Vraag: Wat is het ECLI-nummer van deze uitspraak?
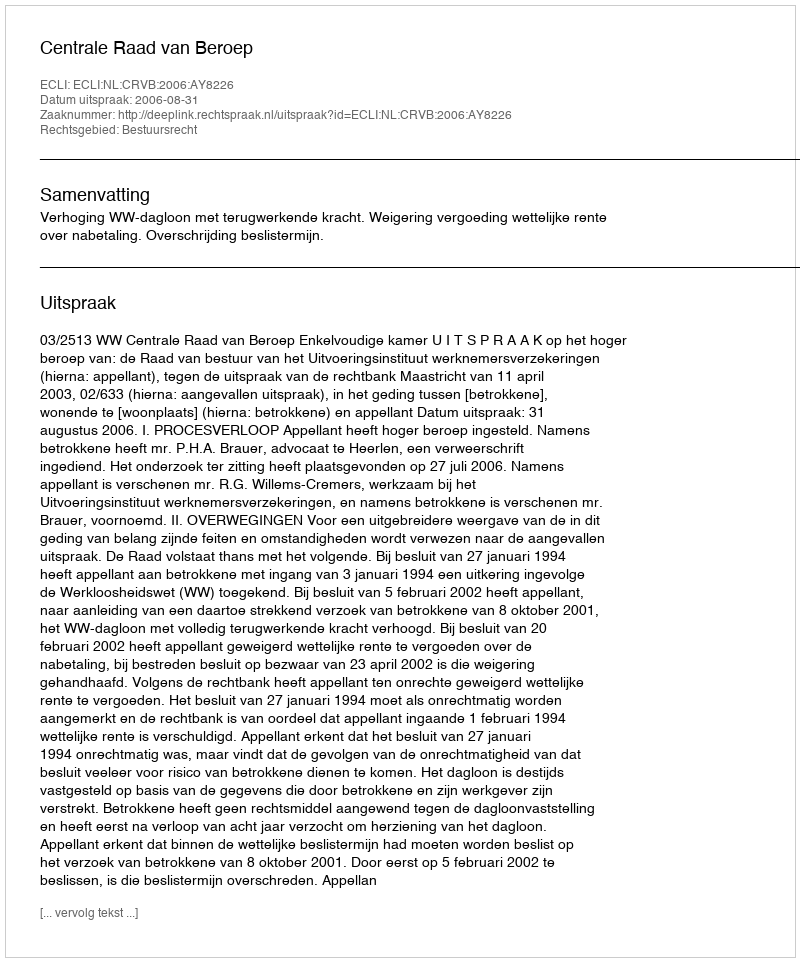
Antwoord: ECLI:NL:CRVB:2006:AY8226